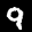
Label: 9